Indian journal of veterinary science and animal husbandry - Volumes 15-17, 1948-1951
Year: 1948
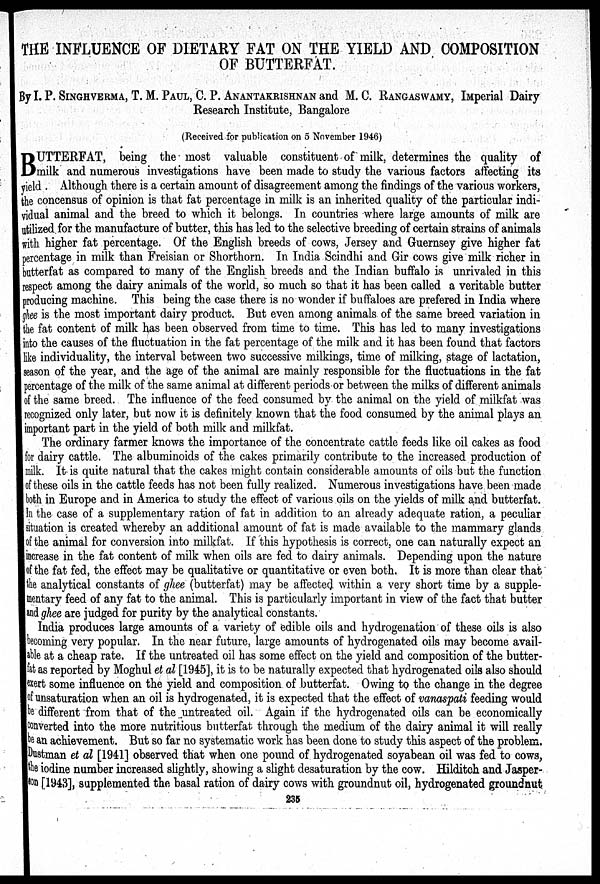
THE INFLUENCE OF DIETARY FAT ON THE YIELD AND COMPOSITION
OF BUTTERFAT.
By I. P. SINGHVERMA, T. M. PAUL, C. P. ANANTAKRI SHNAN and M. C. RANGASWAMY, IMperial Dairy
Research Institute, Bangalore
(Received for publication on 5 November 1946)
B UTTERFAT, being the most valuable constituent of milk, determines the quality of
milk and numerous investigations have been made to study the various factors affecting its
yield . Although there is a certain amount of disagreement among the findings of the various workers,
the concensus of opinion is that fat percentage in milk is an inherited quality of the particular indi-
vidual animal and the breed to which it belongs. In countries where large amounts of milk are
utilized for the manufacture of butter, this has led to the selective breeding of certain strains of animals
with higher fat percentage. Of the English breeds of cows, Jersey and Guernsey give higher fat
percentage in milk than Freisian or Shorthorn. In India Scindhi and Gir cows give milk richer in
butterfat as compared to many of the English breeds and the Indian buffalo is unrivaled in this
respect among the dairy animals of the world, so much so that it has been called a veritable butter
producing machine. This being the case there is no wonder if buffaloes are prefered in India where
ghee is the most important dairy product. But even among animals of the same breed variation in
the fat content of milk has been observed from time to time. This has led to many investigations
into the causes of the fluctuation in the fat percentage of the milk and it has been found that factors
like individuality, the interval between two successive milkings, time of milking, stage of lactation,
season of the year, and the age of the animal are mainly responsible for the fluctuations in the fat
percentage of the milk of the same animal at different periods or between the milks of different animals
of the same breed. The influence of the feed consumed by the animal on the yield of milkfat was
recognized only later, but now it is definitely known that the food consumed by the animal plays an
important part in the yield of both milk and milkfat.
The ordinary farmer knows the importance of the concentrate cattle feeds like oil cakes as food
for dairy cattle. The albuminoids of the cakes primarily contribute to the increased production of
milk. It is quite natural that the cakes might contain considerable amounts of oils but the function
of these oils in the cattle feeds has not been fully realized. Numerous investigations have been made
both in Europe and in America to study the effect of various oils on the yields of milk and butterfat.
In the case of a supplementary ration of fat in addition to an already adequate ration, a peculiar
situation is created whereby an additional amount of fat is made available to the mammary glands
of the animal for conversion into milkfat. If this hypothesis is correct, one can naturally expect an
increase in the fat content of milk when oils are fed to dairy animals. Depending upon the nature
of the fat fed, the effect may be qualitative or quantitative or even both. It is more than clear that
the analytical constants of ghee (butterfat) may be affected within a very short time by a supple-
mentary feed of any fat to the animal. This is particularly important in view of the fact that butter
and ghee are judged for purity by the analytical constants.
India produces large amounts of a variety of edible oils and hydrogenation of these oils is also
becoming very popular. In the near future, large amounts of hydrogenated oils may become avail-
able at a cheap rate. If the untreated oil has some effect on the yield and composition of the butter-
fat as reported by Moghul et al [1945], it is to be naturally expected that hydrogenated oils also should
exert some influence on the yield and composition of butterfat. Owing to the change in the degree
of unsaturation when an oil is hydrogenated, it is expected that the effect of vanaspati feeding would
be different from that of the untreated oil. Again if the hydrogenated oils can be economically
converted into the more nutritious butterfat through the medium of the dairy animal it will really
be an achievement. But so far no systematic work has been done to study this aspect of the problem.
Dustman et al [1941] observed that when one pound of hydrogenated soyabean oil was fed to cows,
the iodine number increased slightly, showing a slight desaturation by the cow. Hilditch and Jasper-
son [1943], supplemented the basal ration of dairy cows with groundnut oil, hydrogenated groundnut
235